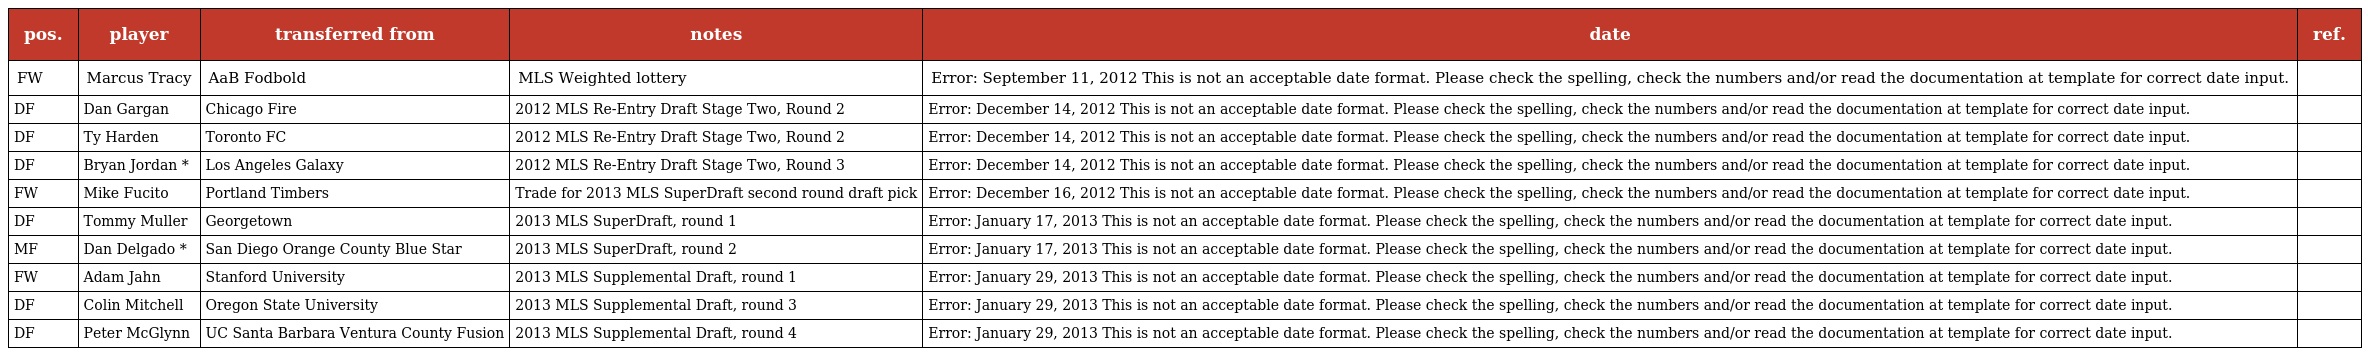
| pos. | player | transferred from | notes | date | ref. |
 | --- | --- | --- | --- | --- | --- |
 | FW | Marcus Tracy | AaB Fodbold | MLS Weighted lottery | Error: September 11, 2012 This is not an acceptable date format. Please check the spelling, check the numbers and/or read the documentation at template for correct date input. |  |
 | DF | Dan Gargan | Chicago Fire | 2012 MLS Re-Entry Draft Stage Two, Round 2 | Error: December 14, 2012 This is not an acceptable date format. Please check the spelling, check the numbers and/or read the documentation at template for correct date input. |  |
 | DF | Ty Harden | Toronto FC | 2012 MLS Re-Entry Draft Stage Two, Round 2 | Error: December 14, 2012 This is not an acceptable date format. Please check the spelling, check the numbers and/or read the documentation at template for correct date input. |  |
 | DF | Bryan Jordan * | Los Angeles Galaxy | 2012 MLS Re-Entry Draft Stage Two, Round 3 | Error: December 14, 2012 This is not an acceptable date format. Please check the spelling, check the numbers and/or read the documentation at template for correct date input. |  |
 | FW | Mike Fucito | Portland Timbers | Trade for 2013 MLS SuperDraft second round draft pick | Error: December 16, 2012 This is not an acceptable date format. Please check the spelling, check the numbers and/or read the documentation at template for correct date input. |  |
 | DF | Tommy Muller | Georgetown | 2013 MLS SuperDraft, round 1 | Error: January 17, 2013 This is not an acceptable date format. Please check the spelling, check the numbers and/or read the documentation at template for correct date input. |  |
 | MF | Dan Delgado * | San Diego Orange County Blue Star | 2013 MLS SuperDraft, round 2 | Error: January 17, 2013 This is not an acceptable date format. Please check the spelling, check the numbers and/or read the documentation at template for correct date input. |  |
 | FW | Adam Jahn | Stanford University | 2013 MLS Supplemental Draft, round 1 | Error: January 29, 2013 This is not an acceptable date format. Please check the spelling, check the numbers and/or read the documentation at template for correct date input. |  |
 | DF | Colin Mitchell | Oregon State University | 2013 MLS Supplemental Draft, round 3 | Error: January 29, 2013 This is not an acceptable date format. Please check the spelling, check the numbers and/or read the documentation at template for correct date input. |  |
 | DF | Peter McGlynn | UC Santa Barbara Ventura County Fusion | 2013 MLS Supplemental Draft, round 4 | Error: January 29, 2013 This is not an acceptable date format. Please check the spelling, check the numbers and/or read the documentation at template for correct date input. |  |